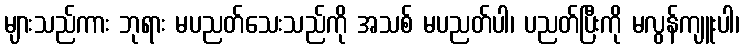
များသည်ကား ဘုရား မပညတ်သေးသည်ကို အသစ် မပညတ်ပါ၊ ပညတ်ပြီးကို မလွန်ကျူးပါ၊